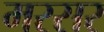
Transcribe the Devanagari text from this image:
मरसर